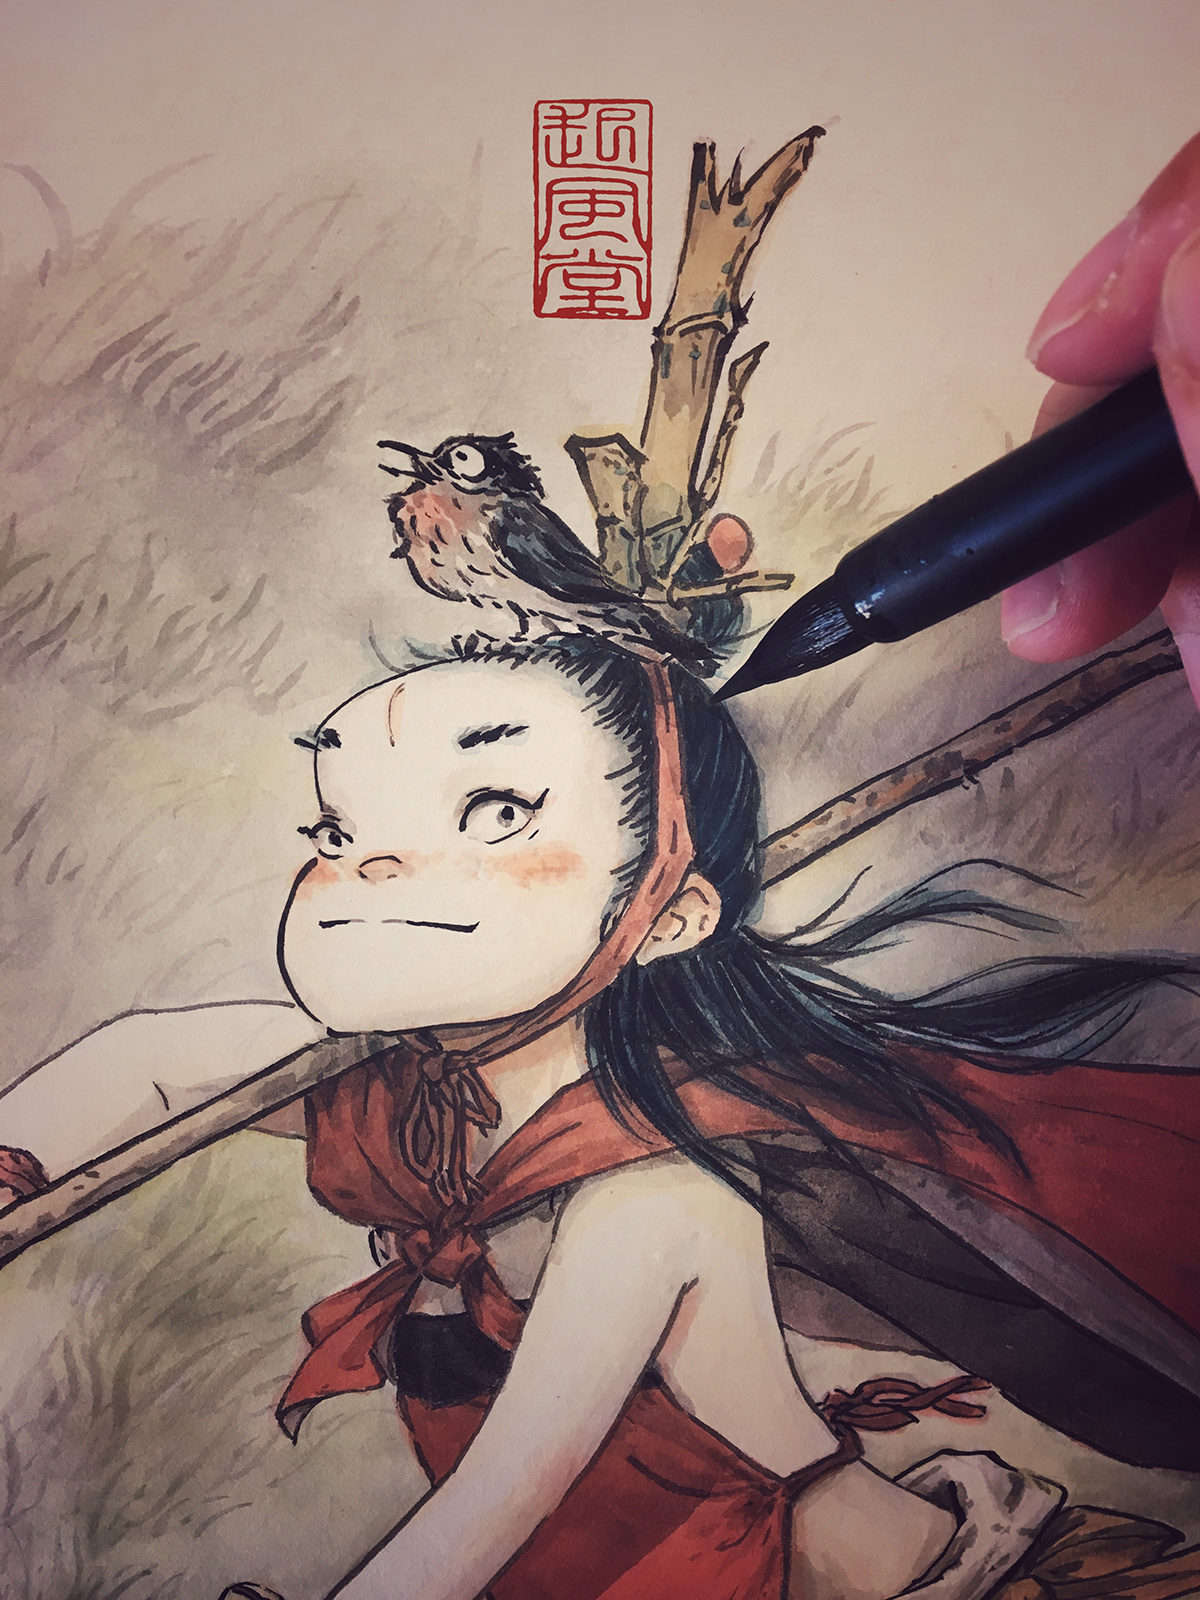
秋草独寻人去后，寒林空见日斜时。